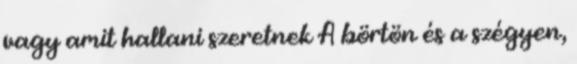
vagy amit hallani szeretnek A börtön és a szégyen,